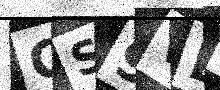
Text: CS9VL3